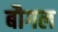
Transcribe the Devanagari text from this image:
बौगल